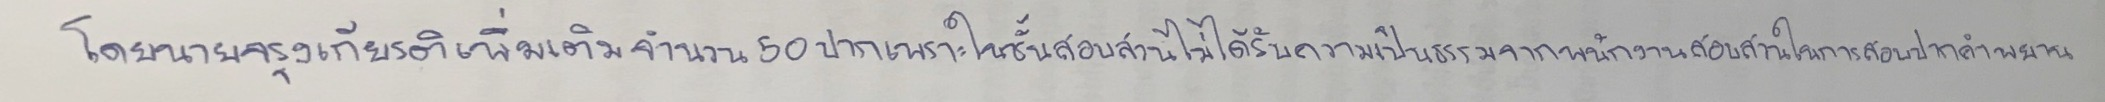
โดยนายจรุงเกียรติเพิ่มเติมจำนวน50ปากเพราะในชั้นสอบสวนไม่ได้รับความเป็นธรรมจากพนักงานสอบสวนในการสอบปากคำพยาน